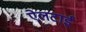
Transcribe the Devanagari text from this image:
ऐलटाई